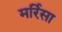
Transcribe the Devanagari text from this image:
मर्रिसा